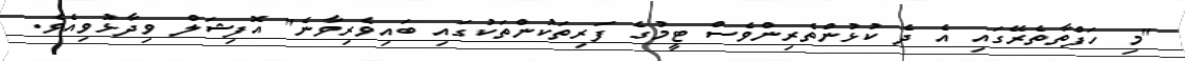
"މި ހަފްތާތެރޭގައި އެ ދެ ކުޅުންތެރިންވެސް ޓީމުގެ ފަރިތަކުންތަކުގައި ބައިވެރިވާނެ" އޮފިޝަލް ވިދާޅުވިއެވެ.